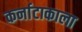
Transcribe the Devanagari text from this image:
कर्नाटाकाला